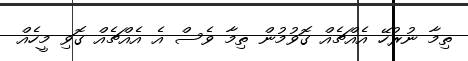
ތިމާ ނުރުހޭ އެއްޗެއް ގޮވުމުން ތިމާ ވެސް އެ އެއްޗެއް ގޮވި މީހެއް